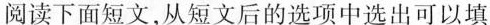
阅读下面短文,从短文后的选项中选出可以填